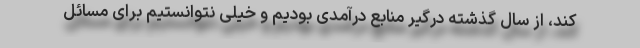
کند، از سال گذشته درگیر منابع درآمدی بودیم و خیلی نتوانستیم برای مسائل